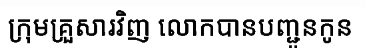
ក្រុមគ្រួសារវិញ លោកបានបញ្ជូនកូន